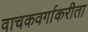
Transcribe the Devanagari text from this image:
वाचकवर्गाकरीता